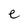
Character: e